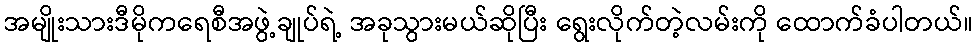
အမျိုးသားဒီမိုကရေစီအဖွဲ့ချုပ်ရဲ့ အခုသွားမယ်ဆိုပြီး ရွေးလိုက်တဲ့လမ်းကို ထောက်ခံပါတယ်။